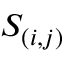
S _ { ( i , j ) }